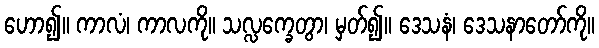
ဟော၍။ ကာလံ၊ ကာလကို။ သလ္လက္ခေတွာ၊ မှတ်၍။ ဒေသနံ၊ ဒေသနာတော်ကို။